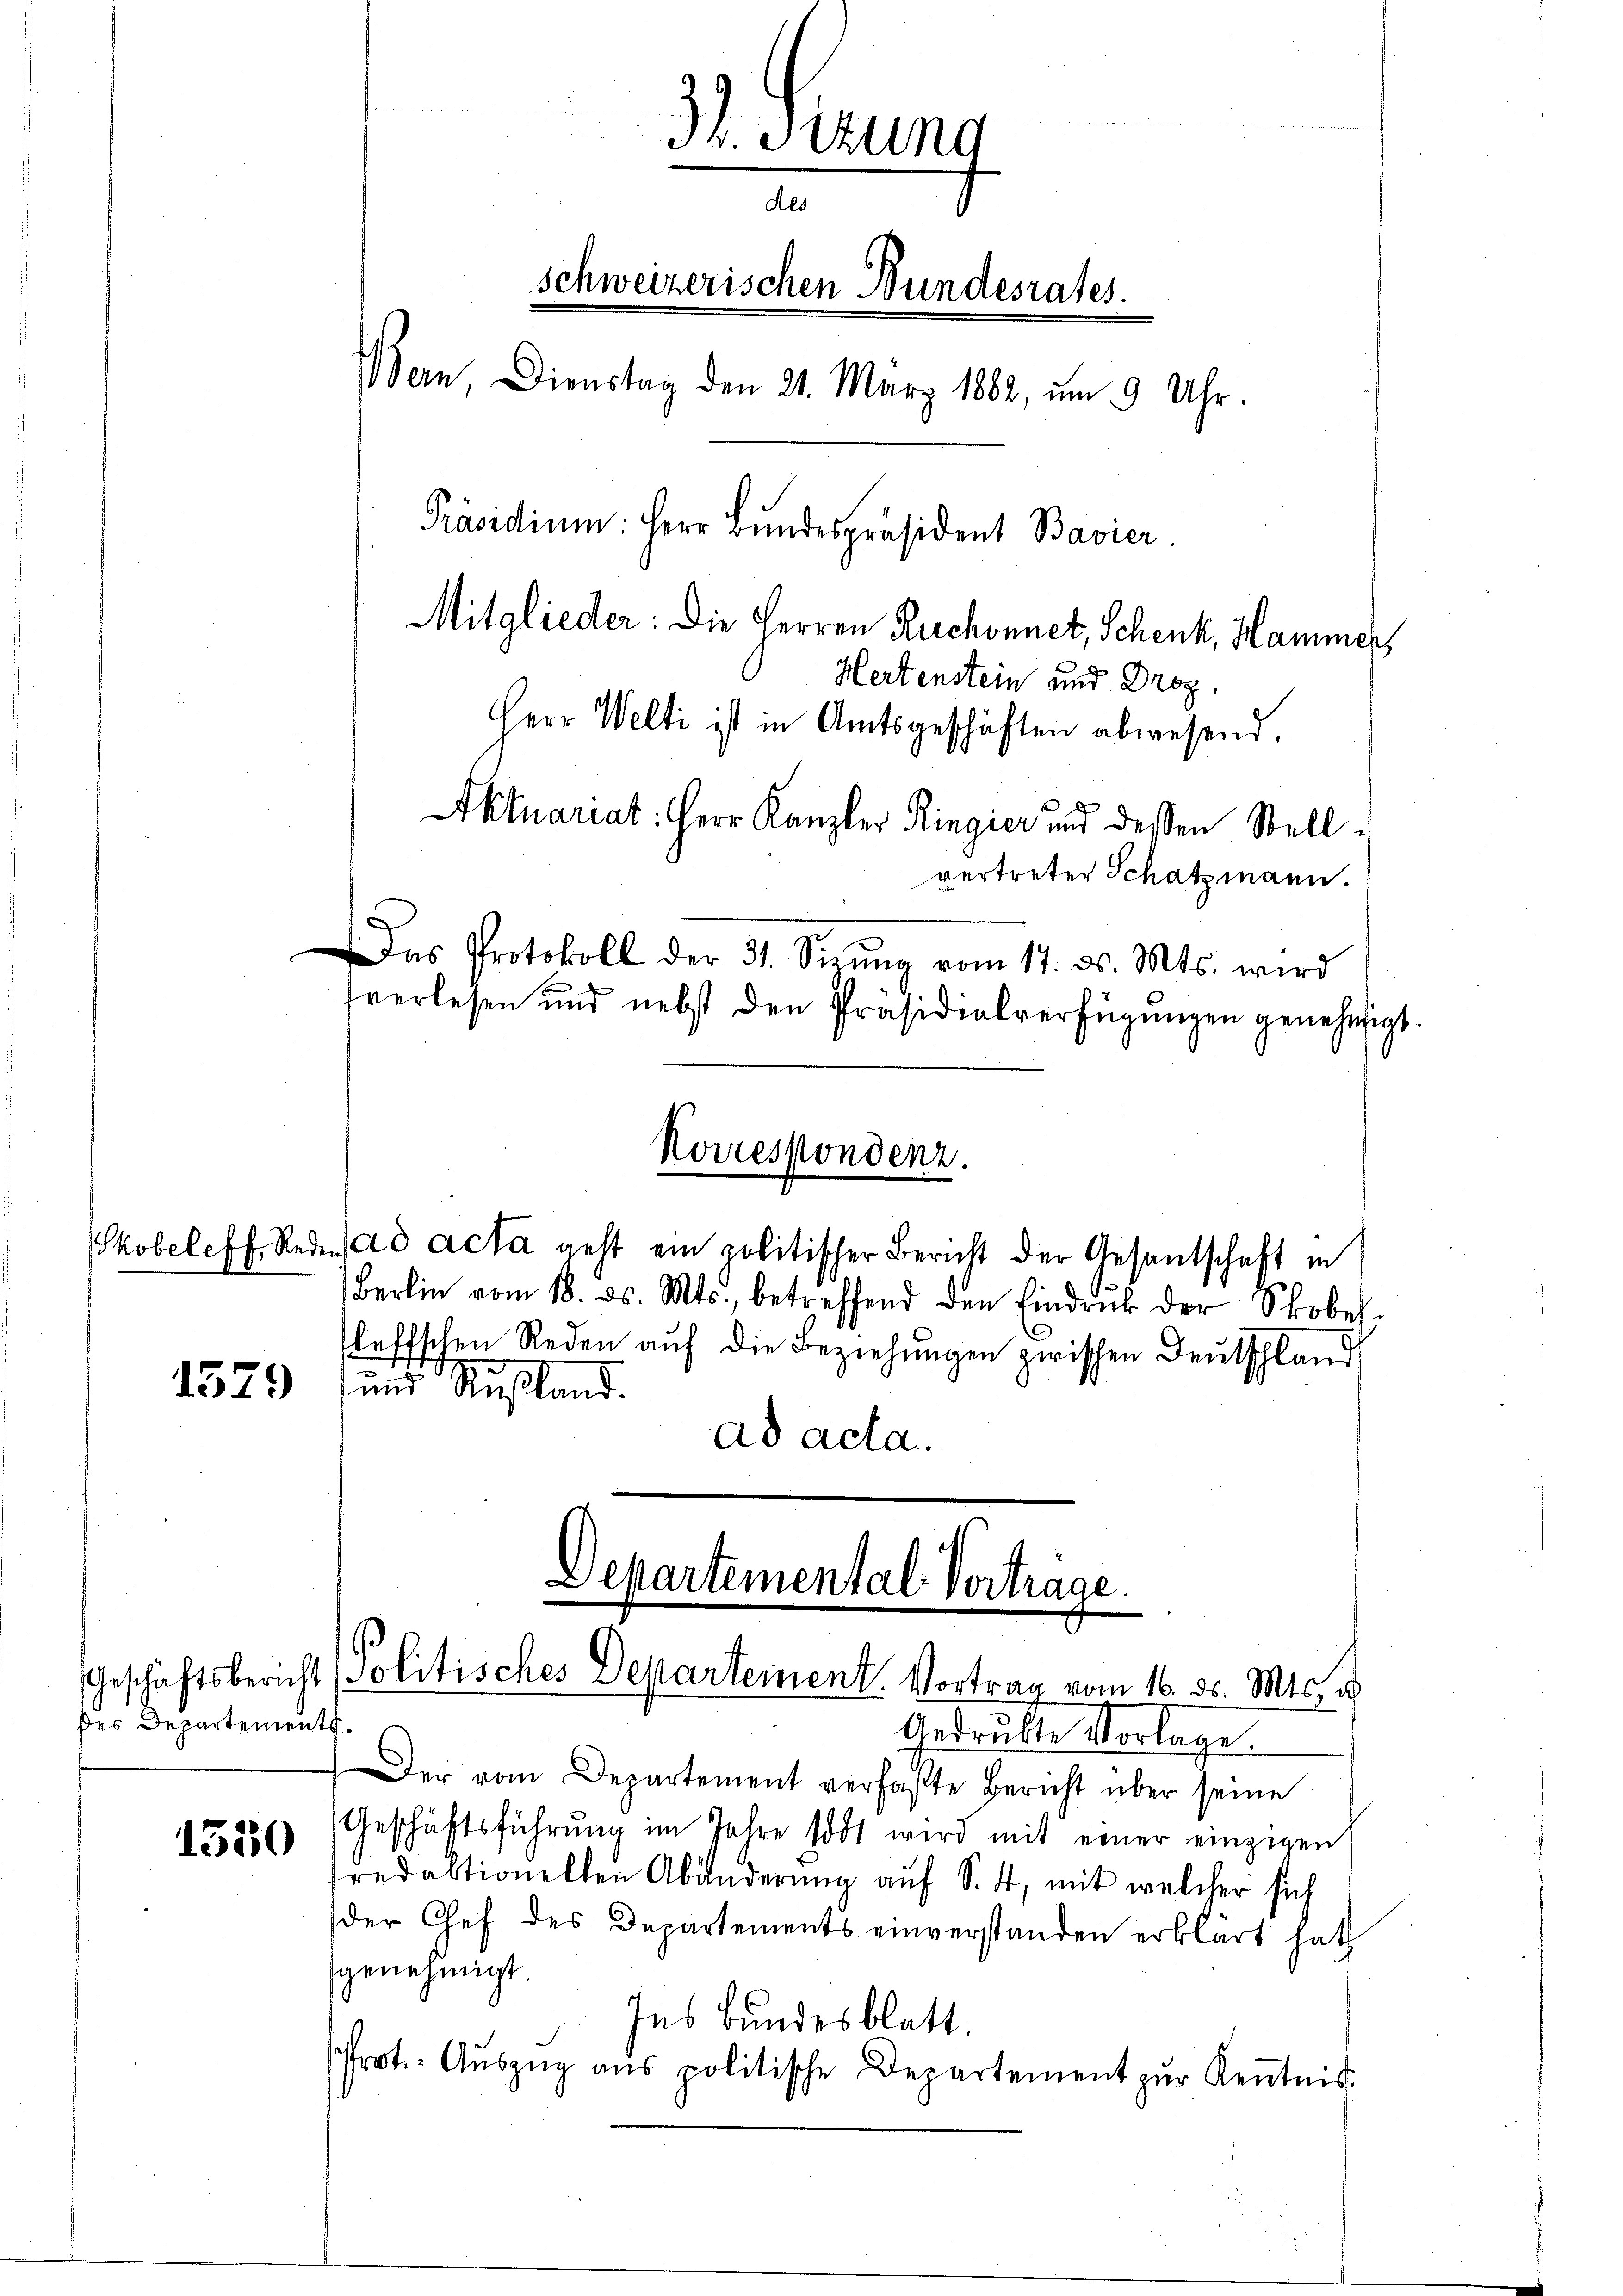
1579

des Departements

1550

3. sizung
a
schweizerischen Bundesrates.
Bern, Dienstag den 21. März 1882, um 9 Uhr.
Präsidium: Herr Bundespräsident Bavier
Mitglieder: Die Herren Ruchonnet, Schenk, Hammer,
Hertenstein und Droz.
Herr Welti ist in Amtsgeschäften abwesend.
Aktuariat: Herr Kanzler Ringier und dessen Stell

vertreter Schatzmann.
Das Protokoll der 31. Sieŭng vom 17. d. Mts. wird
verlesen und nebst den Präsidialverfügŭngen genehmigt.
Korrespondenz.
Skobeleff. Reden ad acta geht ein politischer Bericht der Gesantschaft in
Berlin vom 18. ds. Mts., betreffend den Eindrŭk der Skobes-
fleffschen Reden auf die Beziehungen zwischen Deutschland
und Rußland.
ad acta.

Departemental-Vortrage.
Geschäftsbericht Politisches Departement. Vortrag vom 16. d. Mts. d

Gedruckte Vorlage.
Der vom Departement verfaßte Bericht über seine
Geschäftsführung im Jahre todt wird mit einer einzigen
sredaktionelten Abänderung auf S. 4, mit welcher sich
der Chef des Departements einverstanden erklärt hat
genehmigt.
Ins Bundesblatt.
Prot. Aŭszŭg aŭs politische Departement zŭr Keṅtnis.